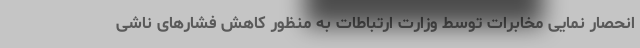
انحصار نمایی مخابرات توسط وزارت ارتباطات به منظور کاهش فشارهای ناشی